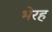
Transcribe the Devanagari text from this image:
भेरह